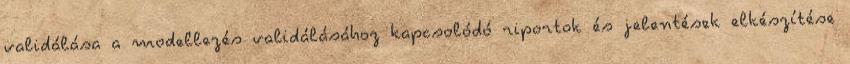
validálása a modellezés validálásához kapcsolódó riportok és jelentések elkészítése